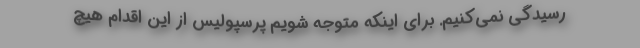
رسیدگی نمی‌کنیم. برای اینکه متوجه شویم پرسپولیس از این اقدام هیچ